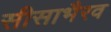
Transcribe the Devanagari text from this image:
सीसाभैरव